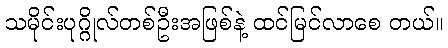
သမိုင်းပုဂ္ဂိုလ်တစ်ဦးအဖြစ်နဲ့ ထင်မြင်လာစေ တယ်။